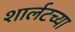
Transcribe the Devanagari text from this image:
शार्लटच्या